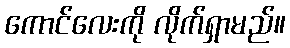
ကောင်လေးကို လိုက်ရှာမည်။